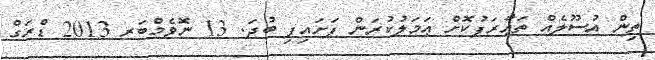
ތިން އުސޫލެއް ތަޢާރަފުކޮށް ޢަމަލުކުރަން ފަށައިފި ބުދަ